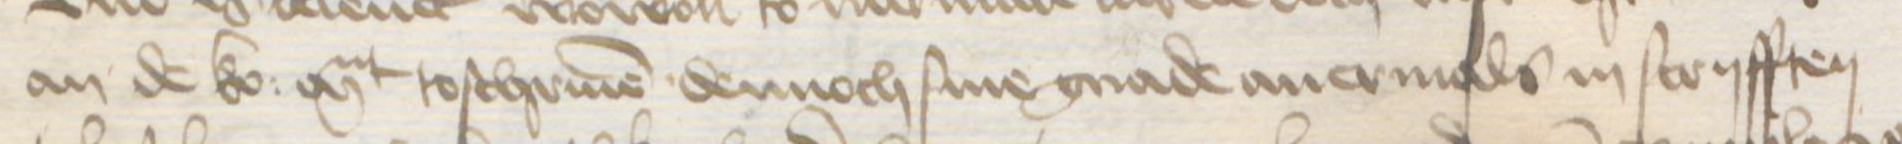
Transcription: an de ko: Mt toschriuen dennoch sine gnade auermals in scryfften